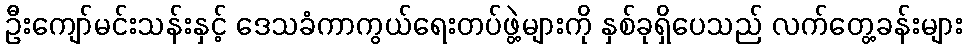
ဦးကျော်မင်းသန်းနှင့် ဒေသခံကာကွယ်ရေးတပ်ဖွဲ့များကို နှစ်ခုရှိပေသည် လက်တွေ့ခန်းများ